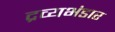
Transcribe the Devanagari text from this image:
द्रव्यभंडार